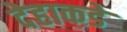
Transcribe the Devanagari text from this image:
देहाकडे